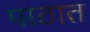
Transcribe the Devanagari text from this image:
पाठात